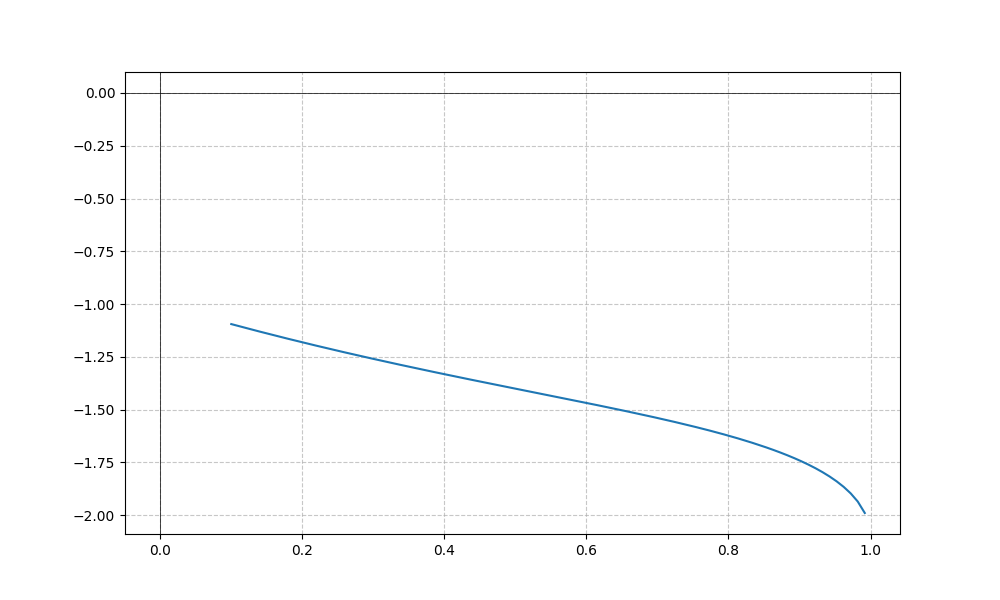
LaTeX formula: - \cos{\left(x \right)} - \operatorname{asin}{\left(x \right)}